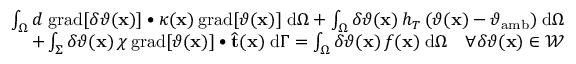
\begin{array} { r } { \int _ { \Omega } d \; \mathrm { g r a d } [ \delta \vartheta ( \mathbf { x } ) ] \bullet \kappa ( \mathbf { x } ) \, \mathrm { g r a d } [ \vartheta ( \mathbf { x } ) ] \; \mathrm { d } \Omega + \int _ { \Omega } \delta \vartheta ( \mathbf { x } ) \, h _ { T } \, ( \vartheta ( \mathbf { x } ) - \vartheta _ { \mathrm { a m b } } ) \; \mathrm { d } \Omega } \\ { + \int _ { \Sigma } \delta \vartheta ( \mathbf { x } ) \, \chi \, \mathrm { g r a d } [ \vartheta ( \mathbf { x } ) ] \bullet \widehat { \mathbf { t } } ( \mathbf { x } ) \; \mathrm { d } \Gamma = \int _ { \Omega } \delta \vartheta ( \mathbf { x } ) \, f ( \mathbf { x } ) \; \mathrm { d } \Omega \quad \forall \delta \vartheta ( \mathbf { x } ) \in \mathcal { W } } \end{array}